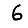
Digit: 6